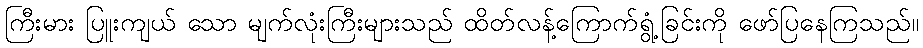
ကြီးမား ပြူးကျယ် သော မျက်လုံးကြီးများသည် ထိတ်လန့်ကြောက်ရွံ့ခြင်းကို ဖော်ပြနေကြသည်။